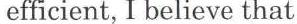
efficient, I believe that